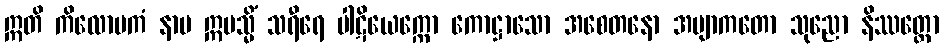
ဣတိ ကိလောမကံ နာမ ဣမသ္မိံ သရီရေ ပါဋိယေက္ကော ကောဋ္ဌာသော အစေတနော အဗျာကတော သုညော နိဿတ္တော